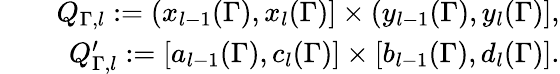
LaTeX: \begin{array}{rlr}&{}&{Q_{\Gamma,l}:=(x_{l-1}(\Gamma),x_{l}(\Gamma)]\times(y_{l-1}(\Gamma),y_{l}(\Gamma)],}\\ &{}&{Q_{\Gamma,l}^{\prime}:=[a_{l-1}(\Gamma),c_{l}(\Gamma)]\times[b_{l-1}(\Gamma),d_{l}(\Gamma)].}\end{array}